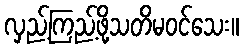
လှည့်ကြည့်ဖို့သတိမဝင်သေး။